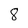
Character: 8